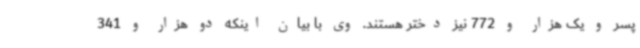
پسر و یک هزار و 772 نیز دختر هستند. وی با بیان اینکه دو هزار و 341